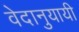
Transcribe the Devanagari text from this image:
वेदानुयायी